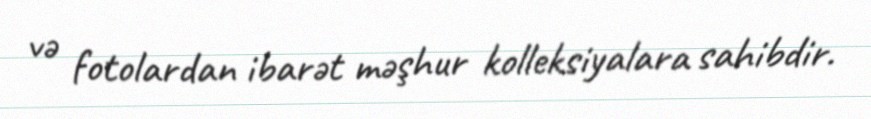
və fotolardan ibarət məşhur kolleksiyalara sahibdir.